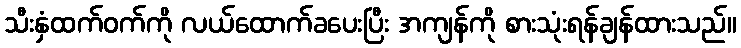
သီးနှံထက်ဝက်ကို လယ်ထောက်ခပေးပြီး အကျန်ကို စားသုံးရန်ချန်ထားသည်။